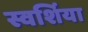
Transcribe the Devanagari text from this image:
स्वर्शिया